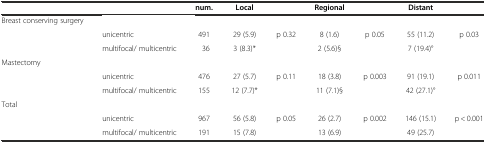
<table><thead><tr><td></td><td></td><td><b>num.</b></td><td><b>Local</b></td><td></td><td><b>Regional</b></td><td></td><td><b>Distant</b></td><td></td></tr></thead><tbody><tr><td>Breast conserving surgery</td><td></td><td></td><td></td><td></td><td></td><td></td><td></td><td></td></tr><tr><td></td><td>unicentric</td><td>491</td><td>29 (5.9)</td><td>p 0.32</td><td>8 (1.6)</td><td>p 0.05</td><td>55 (11.2)</td><td>p 0.03</td></tr><tr><td></td><td>multifocal/ multicentric</td><td>36</td><td>3 (8.3)*</td><td></td><td>2 (5.6)§</td><td></td><td>7 (19.4)°</td><td></td></tr><tr><td>Mastectomy</td><td></td><td></td><td></td><td></td><td></td><td></td><td></td><td></td></tr><tr><td></td><td>unicentric</td><td>476</td><td>27 (5.7)</td><td>p 0.11</td><td>18 (3.8)</td><td>p 0.003</td><td>91 (19.1)</td><td>p 0.011</td></tr><tr><td></td><td>multifocal/ multicentric</td><td>155</td><td>12 (7.7)*</td><td></td><td>11 (7.1)§</td><td></td><td>42 (27.1)°</td><td></td></tr><tr><td>Total</td><td></td><td></td><td></td><td></td><td></td><td></td><td></td><td></td></tr><tr><td></td><td>unicentric</td><td>967</td><td>56 (5.8)</td><td>p 0.05</td><td>26 (2.7)</td><td>p 0.002</td><td>146 (15.1)</td><td>p &lt; 0.001</td></tr><tr><td></td><td>multifocal/ multicentric</td><td>191</td><td>15 (7.8)</td><td></td><td>13 (6.9)</td><td></td><td>49 (25.7)</td><td></td></tr></tbody></table>